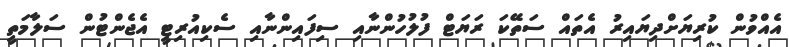
އެއްވުން ކުރިޔަށްދިޔައިރު އެތައް ސަތޭކަ ރަޔަޓް ފުލުހުންނާއި ސިފައިންނާއި ސެކިއުރިޓީ އެޖެންޓުން ސަލާމަތީ